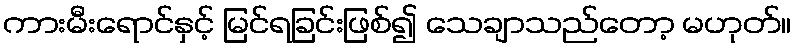
ကားမီးရောင်နှင့် မြင်ရခြင်းဖြစ်၍ သေချာသည်တော့ မဟုတ်။